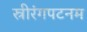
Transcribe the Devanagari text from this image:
स्रीरंगपटनम